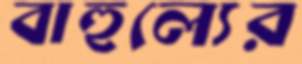
বাহুল্যের